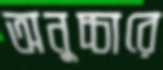
অনুচ্চারে